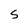
Character: S